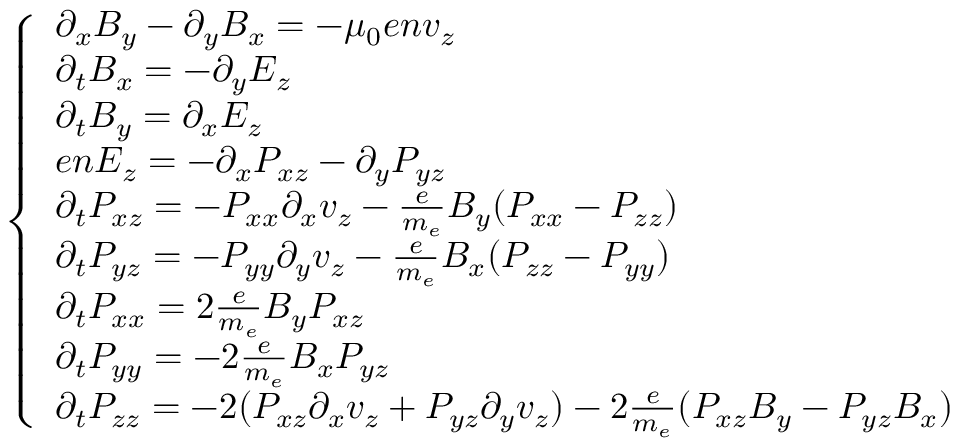
\begin{array} { r } { \left\{ \begin{array} { l l } { \partial _ { x } B _ { y } - \partial _ { y } B _ { x } = - \mu _ { 0 } e n v _ { z } } \\ { \partial _ { t } B _ { x } = - \partial _ { y } E _ { z } } \\ { \partial _ { t } B _ { y } = \partial _ { x } E _ { z } } \\ { e n E _ { z } = - \partial _ { x } P _ { x z } - \partial _ { y } P _ { y z } } \\ { \partial _ { t } P _ { x z } = - P _ { x x } \partial _ { x } v _ { z } - \frac { e } { m _ { e } } B _ { y } ( P _ { x x } - P _ { z z } ) } \\ { \partial _ { t } P _ { y z } = - P _ { y y } \partial _ { y } v _ { z } - \frac { e } { m _ { e } } B _ { x } ( P _ { z z } - P _ { y y } ) } \\ { \partial _ { t } P _ { x x } = 2 \frac { e } { m _ { e } } B _ { y } P _ { x z } } \\ { \partial _ { t } P _ { y y } = - 2 \frac { e } { m _ { e } } B _ { x } P _ { y z } } \\ { \partial _ { t } P _ { z z } = - 2 ( P _ { x z } \partial _ { x } v _ { z } + P _ { y z } \partial _ { y } v _ { z } ) - 2 \frac { e } { m _ { e } } ( P _ { x z } B _ { y } - P _ { y z } B _ { x } ) } \end{array} \right. } \end{array}